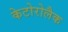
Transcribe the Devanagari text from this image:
केटोरोलैक